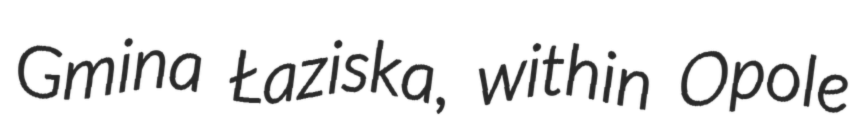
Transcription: Gmina Łaziska, within Opole